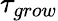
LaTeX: \tau_{grow}